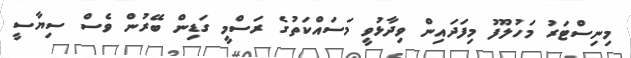
މިނިސްޓަރު މަހުލޫފު މިފަދައިން ވިދާޅުވީ މަސައްކަތުގެ ރަސްމީ ގަޑިން ބޭރުން ވެސް ސިޔާސީ